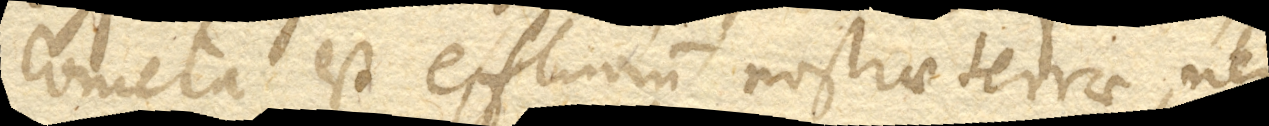
Cometa est effluvium nostrae terrae, neque